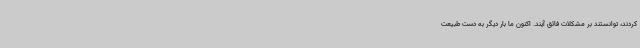
کردند، توانستند بر مشکلات فائق آیند. اکنون ما بار دیگر به دست طبیعت